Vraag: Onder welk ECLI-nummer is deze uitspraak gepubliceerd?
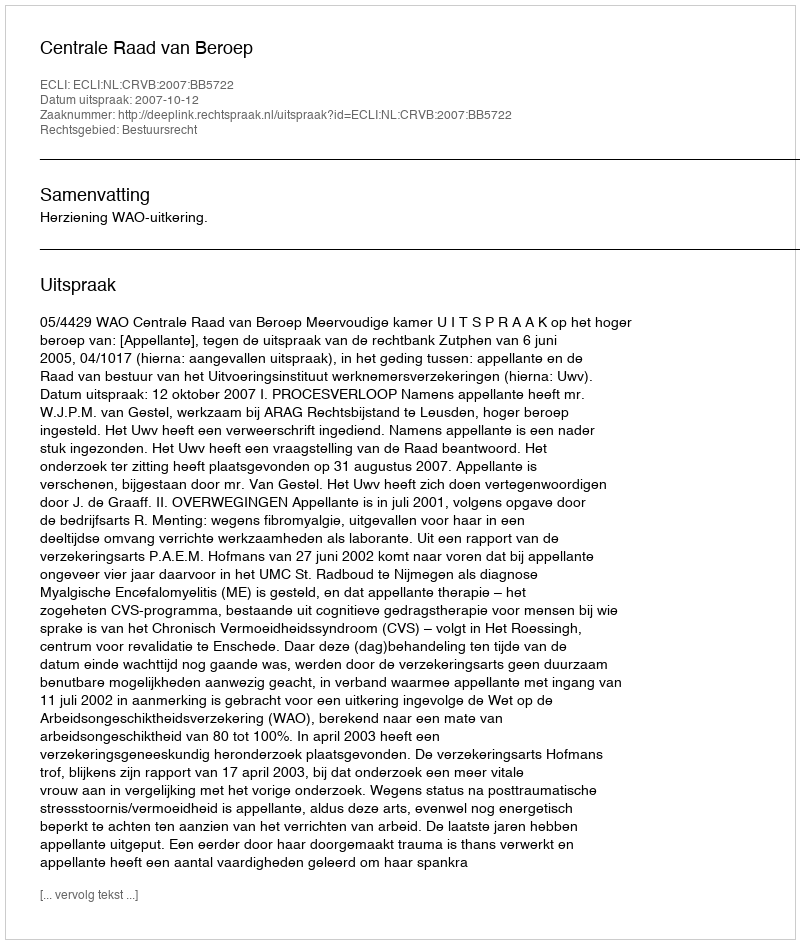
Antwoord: ECLI:NL:CRVB:2007:BB5722